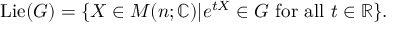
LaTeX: \operatorname { L i e } ( G ) = \{ X \in M ( n ; \mathbb { C } ) | e ^ { t X } \in G { \mathrm { ~ f o r ~ a l l ~ } } t \in \mathbb { \mathbb { R } } \} .